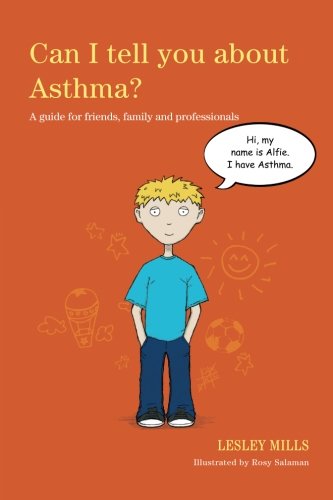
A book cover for Can I Tell You About Asthma?: A Guide for Friends, Family and Professionals; Lesley Mills; Health, Fitness & Dieting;